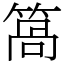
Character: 䈑